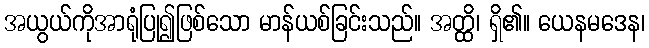
အယွယ်ကိုအာရုံပြု၍ဖြစ်သော မာန်ယစ်ခြင်းသည်။ အတ္ထိ၊ ရှိ၏။ ယေနမဒေန၊